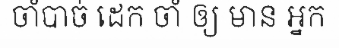
ចាំបាច់ ដេក ចាំ ឲ្យ មាន អ្នក